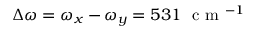
\Delta \omega = \omega _ { x } - \omega _ { y } = 5 3 1 ~ \mathrm { ~ c ~ m ~ } ^ { - 1 }